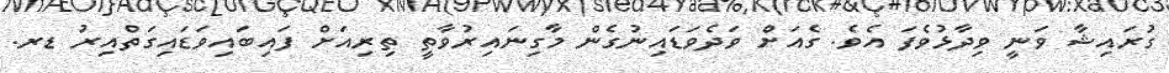
ގުރައިޝާ ވަނީ ވިދާޅުވެފަ އެވެ. ގެއަށް ވަދެވަޑައިނުގެން މާގިނައިރުވާތީ ތިރިއަށް ފައިބައިވަޑައިގަތްއިރު ޑރ.